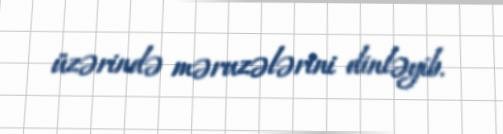
üzərində məruzələrini dinləyib.